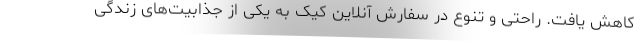
کاهش یافت. راحتی و تنوع در سفارش آنلاین کیک به یکی از جذابیت‌های زندگی